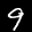
Label: 9